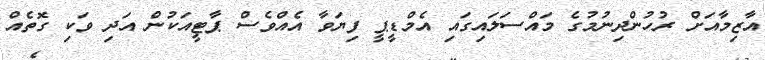
އާޒިމާއަށް ރުހުންދިނުމުގެ މައްސަލައިގައި އެމްޑީޕީ ފިޔަވާ އެއްވެސް ޕާޓީއަކުން އަދި ވަކި ގޮތެއް